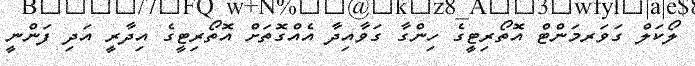
ލޯކަލް ގަވަރމަންޓް އޮތޯރިޓީގެ ހިންގާ ގަވާއިދާ އެއްގޮތަށް އޮތޯރިޓީގެ އިދާރީ އަދި ފަންނީ